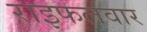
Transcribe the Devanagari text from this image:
राइफलवार